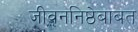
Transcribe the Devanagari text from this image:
जीवननिष्ठेबाबत